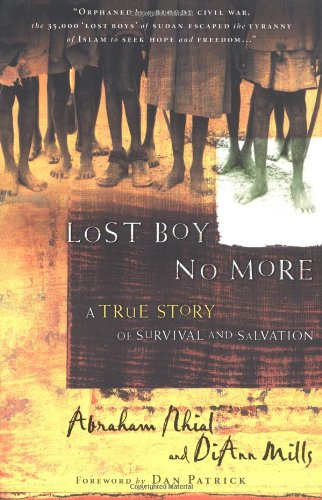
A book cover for Lost Boy No More: A True Story of Survival and Salvation; Abraham Nhial; History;